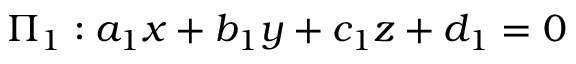
\Pi _ { 1 } : a _ { 1 } x + b _ { 1 } y + c _ { 1 } z + d _ { 1 } = 0